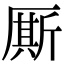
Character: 厮